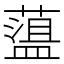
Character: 𦼬